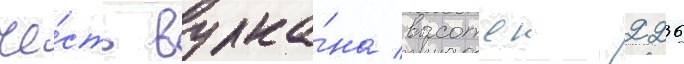
че́сть вулка́на высотои 2236